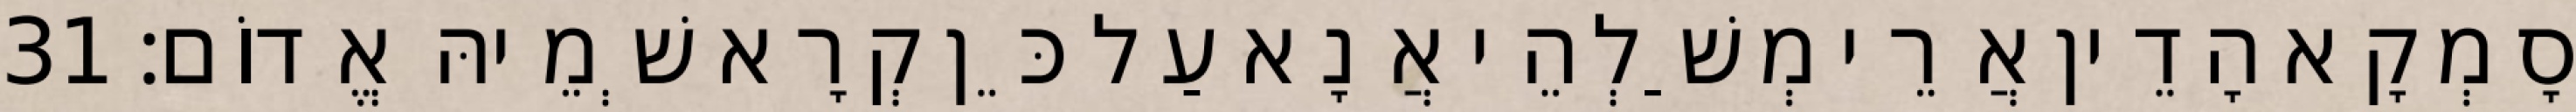
סָמְקָא הָדֵין אֲרֵי מְשַׁלְהֵי אֲנָא עַל כֵּן קְרָא שְׁמֵיהּ אֱדוֹם׃ 31